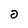
Character: 0